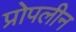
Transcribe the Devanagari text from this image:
प्रोपलीन